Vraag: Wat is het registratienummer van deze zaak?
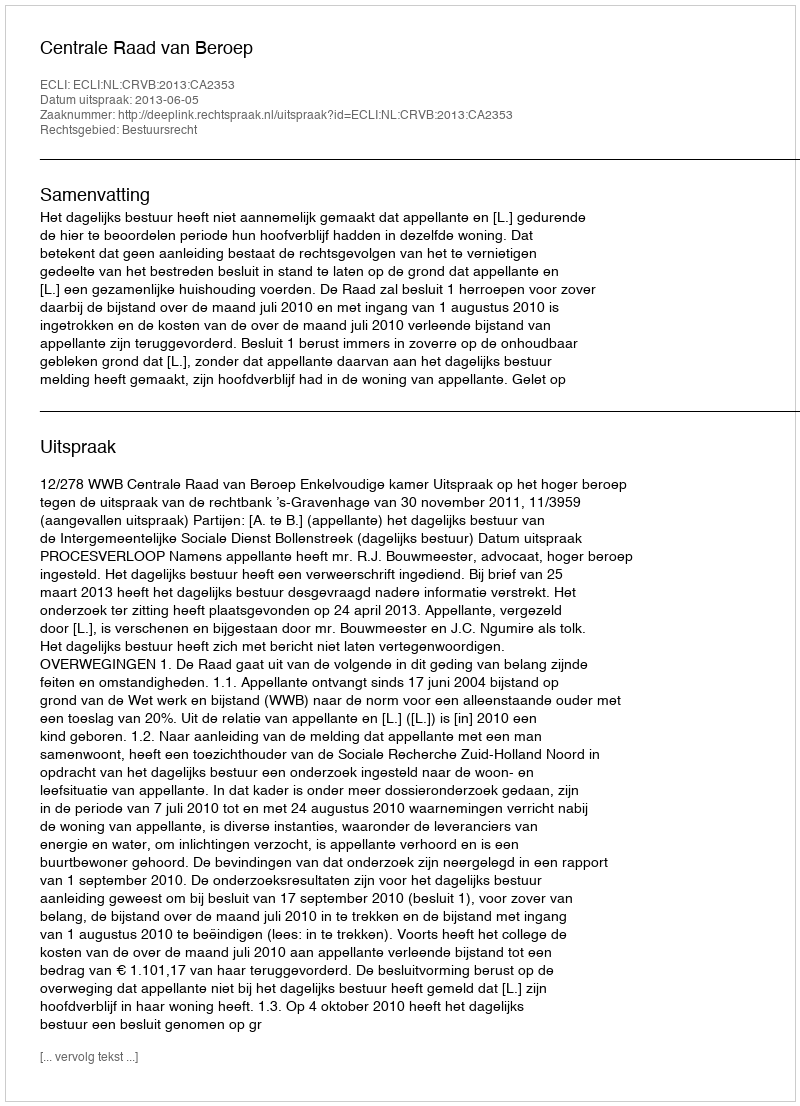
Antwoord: http://deeplink.rechtspraak.nl/uitspraak?id=ECLI:NL:CRVB:2013:CA2353